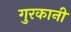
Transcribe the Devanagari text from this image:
गुरकानी